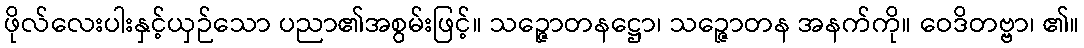
ဖိုလ်လေးပါးနှင့်ယှဉ်သော ပညာ၏အစွမ်းဖြင့်။ သဉ္ဇောတနဋ္ဌော၊ သဉ္ဇောတန အနက်ကို။ ဝေဒိတဗ္ဗာ၊ ၏။